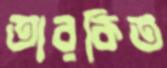
তারকিত